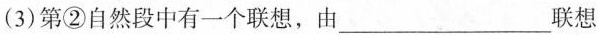
（3）第②自然段中有一个联想，由___联想